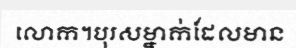
លោក។បុរសម្នាក់ដែលមាន